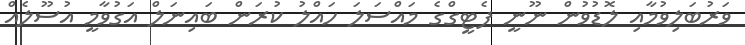
ވަރުބަލިވުމާއި ލޮޑުވުން ނޫނީ ފެޓީގްގެ މައްސަލަ ހައްލު ކުރަން ބައިނަލް އަގުވާމީ އުސޫލެއް